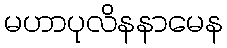
မဟာပုလိနနာမေန